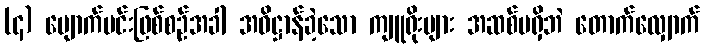
(၄) မျောက်မင်းဖြစ်စဉ်အခါ အဓိဋ္ဌာန်ခဲ့သော ကျူရိုးများ အဆစ်မရှိဘဲ တောက်လျှောက်